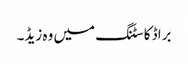
براڈ کاسٹنگ میں وہ زیڈ۔